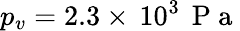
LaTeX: p_{v}=2.3\times\, 10^{3}\, {\mathrm{~P~a~}}